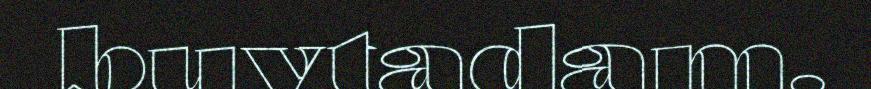
buvtadam.